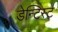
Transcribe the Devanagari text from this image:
डेन्टिस्ट